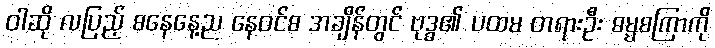
ဝါဆို လပြည့် စနေနေ့ည နေဝင်စ အချိန်တွင် ဗုဒ္ဓ၏ ပထမ တရားဦး ဓမ္မစကြာကို